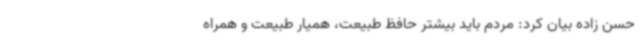
حسن زاده بیان کرد: مردم باید بیشتر حافظ طبیعت، همیار طبیعت و همراه